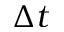
\Delta t